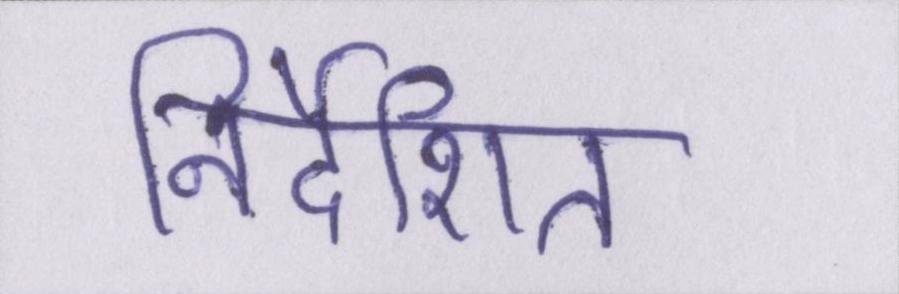
निर्देशित